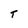
Character: T